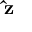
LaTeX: \mathbf { \hat { z } }